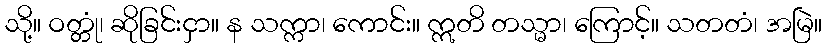
သို့။ ဝတ္တုံ၊ ဆိုခြင်းငှာ။ န သက္ကာ၊ ကောင်း။ ဣတိ တသ္မာ၊ ကြောင့်။ သတတံ၊ အမြဲ။